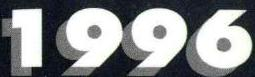
1996